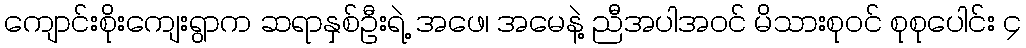
ကျောင်းစိုးကျေးရွာက ဆရာနှစ်ဦးရဲ့ အဖေ၊ အမေနဲ့ ညီအပါအဝင် မိသားစုဝင် စုစုပေါင်း ၄